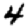
Digit: 4